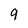
Character: 9